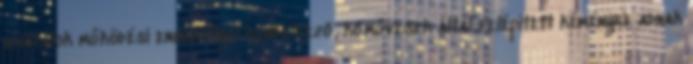
hivatalok működési engedéllyel rendelkező, kőművesek által felépített kéményre adnak